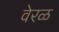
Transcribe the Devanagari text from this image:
वेरळ